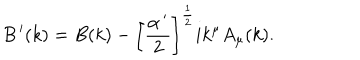
B ^ { \, \prime } ( k ) = B ( k ) - \left[ \frac { \alpha ^ { \, \prime } } { 2 } \right] ^ { \frac 1 2 } i k ^ { \mu } A _ { \mu } ( k ) .